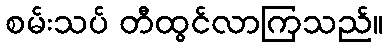
စမ်းသပ် တီထွင်လာကြသည်။